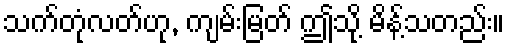
သက်တုံလတ်ဟု, ကျမ်းမြတ် ဤသို့ မိန့်သတည်း။